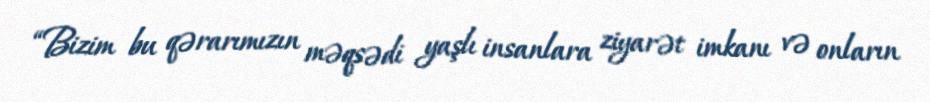
“Bizim bu qərarımızın məqsədi yaşlı insanlara ziyarət imkanı və onların